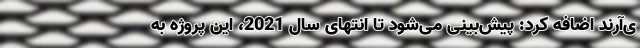
ی‌آرند اضافه کرد: پیش‌بینی می‌شود تا انتهای سال 2021، این پروژه به